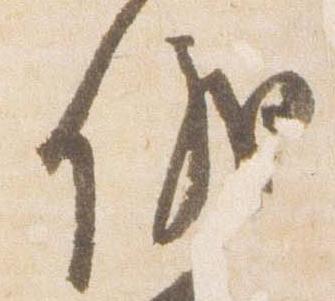
儀